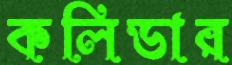
কলিডার